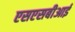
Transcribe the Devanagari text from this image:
एसएसबीआई